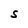
Character: S